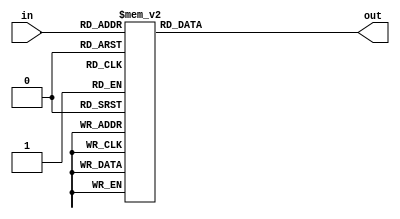
module top_module( 
    input [2:0] in,
    output [1:0] out );
    
    always @(*) begin
        case(in)
            3'd0: out = 2'd0;
            3'd1: out = 2'd1;
            3'd2: out = 2'd1;
            3'd3: out = 2'd2;
            3'd4: out = 2'd1;
            3'd5: out = 2'd2;
            3'd6: out = 2'd2;
            3'd7: out = 2'd3;
        endcase
    end

endmodule